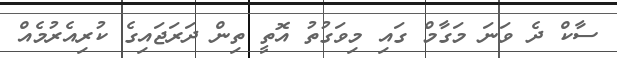
ސާކް ދެ ވަނަ މަގާމް ގައި މިވަގުތު އޮތީ ތިން ދަރަޖައިގެ ކުރިއެރުމެއް